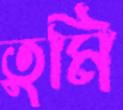
তুমি